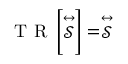
\mathrm { ~ T ~ R ~ } \left\lbrack \stackrel { \leftrightarrow } { \mathcal { S } } \right\rbrack = \stackrel { \leftrightarrow } { \mathcal { S } }